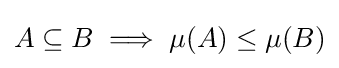
A\subseteq B\implies \mu (A)\leq \mu (B)